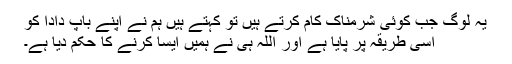
یہ لوگ جب کوئی شرمناک کام کرتے ہیں تو کہتے ہیں ہم نے اپنے باپ دادا کو
اسی طریقہ پر پایا ہے اور اللہ ہی نے ہمیں ایسا کرنے کا حکم دیا ہے۔